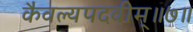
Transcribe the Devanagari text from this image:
कैवल्यपदवीम्॥७॥